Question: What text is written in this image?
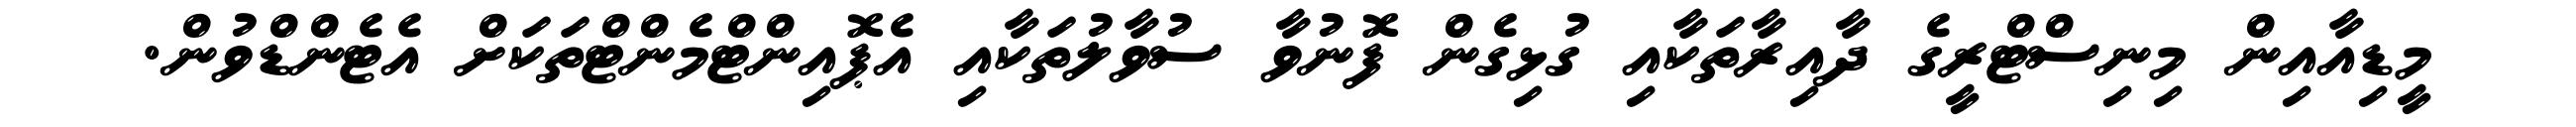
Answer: މީޑިއާއިން މިނިސްޓްރީގެ ދާއިރާތަކާއި ގުޅިގެން ފޮނުވާ ސުވާލުތަކާއި އެޕޮއިންޓްމެންޓްތަކަށް އެޓެންޑްވުން.